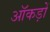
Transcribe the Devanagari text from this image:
ऑकड़ों